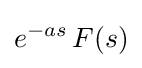
e^{-as}\,F(s)